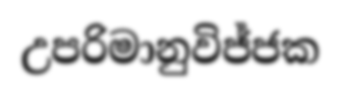
උපරිමානුවිජ්ජක